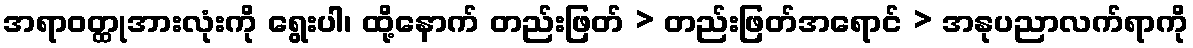
အရာဝတ္ထုအားလုံးကို ရွေးပါ၊ ထို့နောက် တည်းဖြတ် > တည်းဖြတ်အရောင် > အနုပညာလက်ရာကို